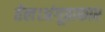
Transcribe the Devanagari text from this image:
तेल।अंगूठाकार